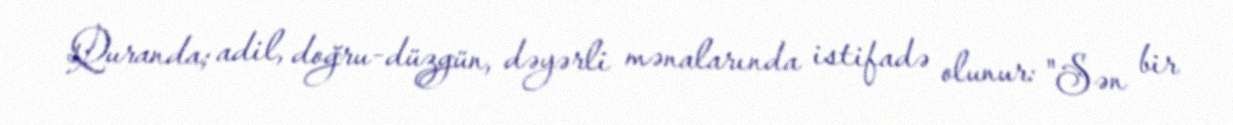
Quranda; adil, doğru-düzgün, dəyərli mənalarında istifadə olunur: "Sən bir